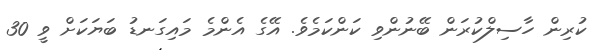
ކުރިން ހާސިލްކުރަން ބޭނުންވި ކަންކަމެވެ. އޭގެ އެންމެ މައިގަނޑު ބަޔަކަށް ވީ 30